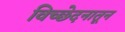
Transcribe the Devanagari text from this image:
विच्छेदनातून